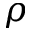
\rho